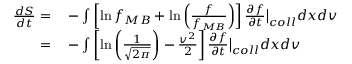
\begin{array} { r l } { \frac { d S } { d t } = } & { { } - \int \left[ \ln f _ { M B } + \ln \left( \frac { f } { f _ { M B } } \right) \right] \frac { \partial f } { \partial t } \bigr \rvert _ { c o l l } d x d v } \\ { = } & { { } - \int \left[ \ln \left( \frac { 1 } { \sqrt { 2 \pi } } \right) - \frac { v ^ { 2 } } { 2 } \right] \frac { \partial f } { \partial t } \bigr \rvert _ { c o l l } d x d v } \end{array}